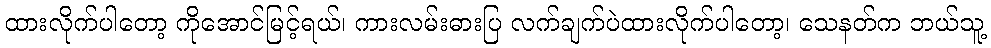
ထားလိုက်ပါတော့ ကိုအောင်မြင့်ရယ်၊ ကားလမ်းဓားပြ လက်ချက်ပဲထားလိုက်ပါတော့၊ သေနတ်က ဘယ်သူ့